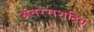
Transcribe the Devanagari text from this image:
अंतरराशट्रिय